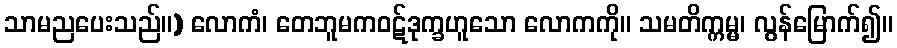
သာမညပေးသည်။) လောကံ၊ တေဘူမကဝဋ်ဒုက္ခဟူသော လောကကို။ သမတိက္ကမ္မ၊ လွန်မြောက်၍။